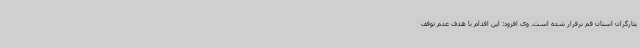
یثارگران استان قم برقرار شده است. وی افزود: این اقدام با هدف عدم توقف